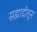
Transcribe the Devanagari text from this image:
सह्याद्रीतून